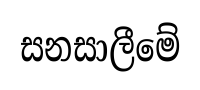
සනසාලීමේ